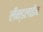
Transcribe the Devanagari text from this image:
लँन्डलाईन